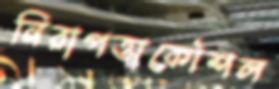
নিরাপত্তাকৌশল